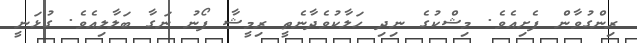
ރިންގުވާން ފެށިއެވެ. މިޝްކުގެ ނިދި ހަލާކުވެދާނެތީ ރިމީޝާ ފޯނު ނަގާ ބަލާލިއެވެ. ގުޅަނީ